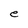
Character: e